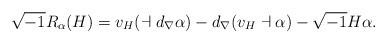
\begin{align*}\sqrt{-1}R_{\alpha}(H)=v_{H}(\dashv d_{\nabla}\alpha)-d_{\nabla}(v_{H}\dashv\alpha)-\sqrt{-1}H\alpha.\end{align*}